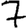
Digit: 7